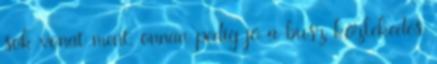
sok vonat ment, onnan pedig jó a busz közlekedés